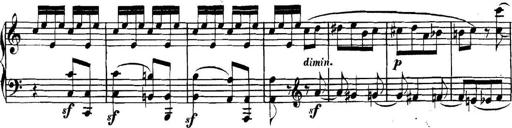
Title: Collected Piano Sonatas
Composer: Muzio Clementi